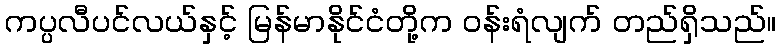
ကပ္ပလီပင်လယ်နှင့် မြန်မာနိုင်ငံတို့က ဝန်းရံလျက် တည်ရှိသည်။